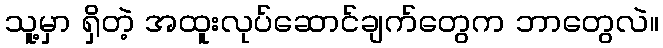
သူ့မှာ ရှိတဲ့ အထူးလုပ်ဆောင်ချက်တွေက ဘာတွေလဲ။